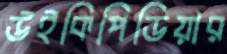
উইকিপিডিয়ার